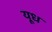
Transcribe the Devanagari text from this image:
यूध